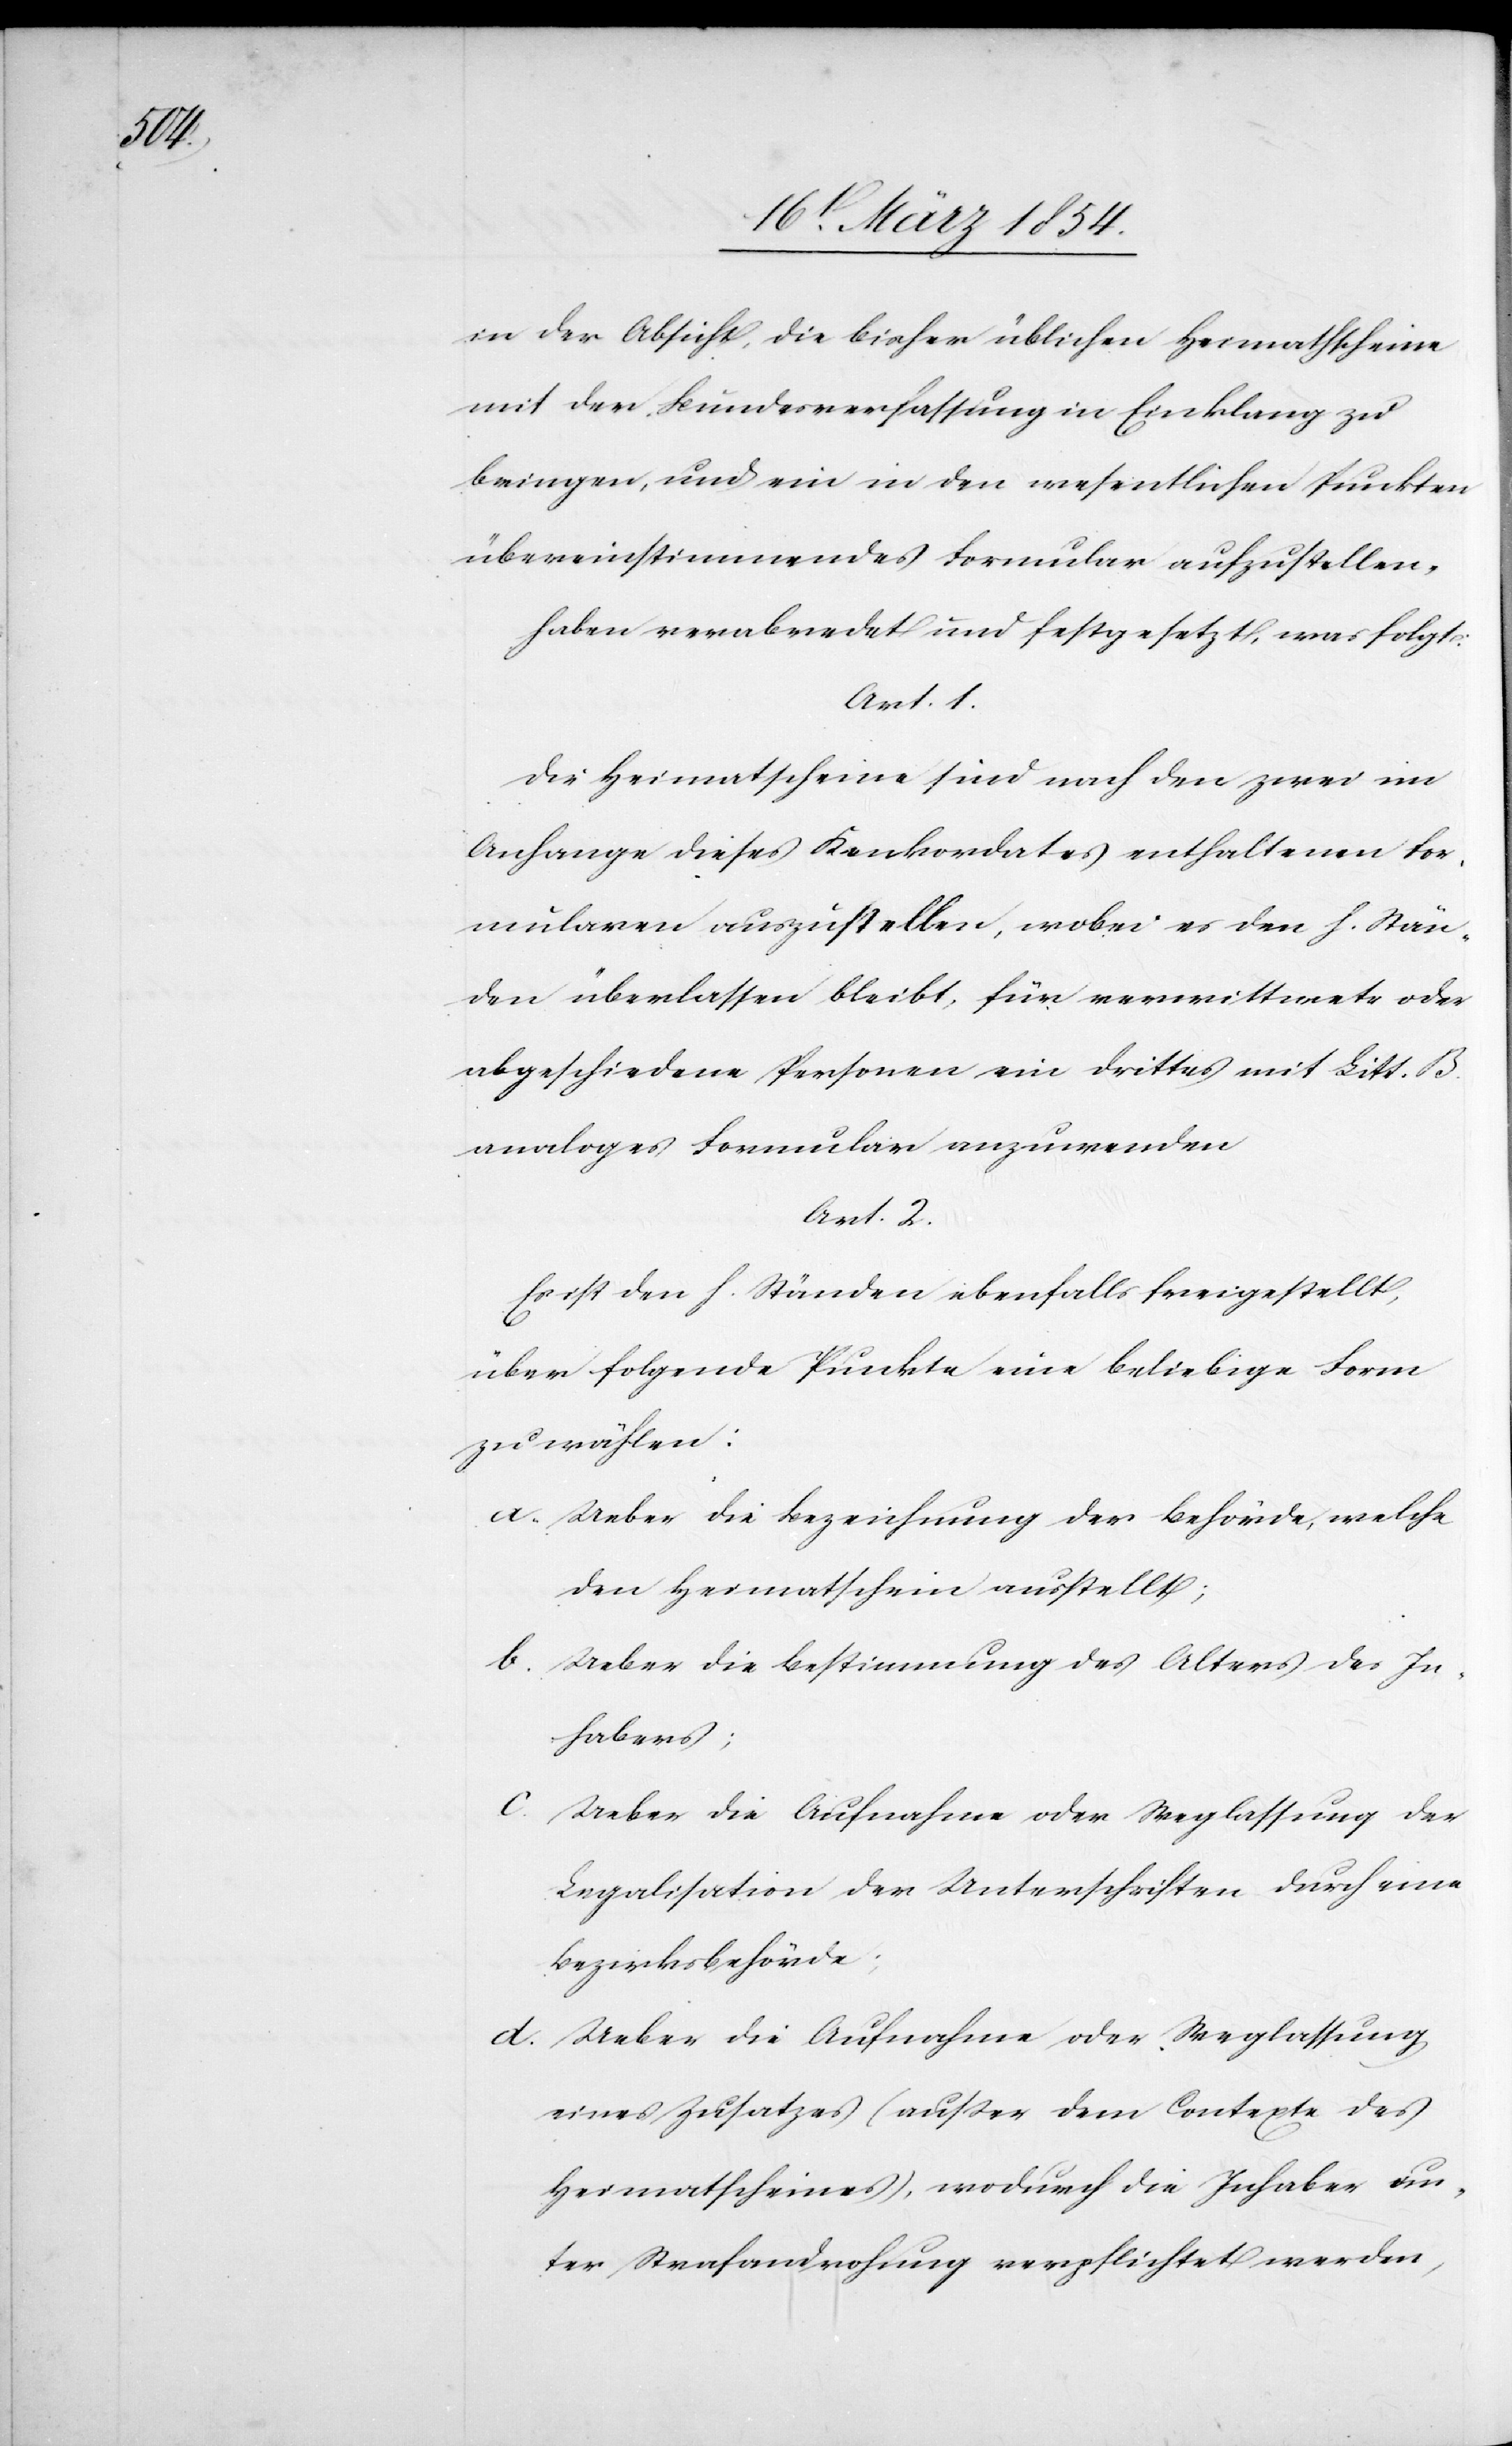
in der Absicht, die bisher üblichen Heimathscheine
mit der Bundesverfassung in Einklang zu
bringen, und ein in den wesentlichen Punkten
übereinstimmendes Formular aufzustellen,
haben verabredet und festgesetzt, was folgt:
Art. 1.
Die Heimatscheine sind nach den zwei im
Anfange dieses Konkordates enthaltenen For¬
mularen auszustellen, wobei es den h. Stän¬
den überlassen bleibt, für verwittwete oder
abgeschiedene Personen ein drittes mit Litt. B.
analoges Formular anzuwenden
Art. 2.
Es ist den h. Ständen ebenfalls freigestellt,
über folgende Punkte eine beliebige Form
zu wählen:
a. Ueber die Bezeichnung der Behörde, welche
den Heimatschein ausstellt;
b. Ueber die Bestimmung des Alters des In¬
habers;
c. Ueber die Aufnahme oder Weglassung der
Legalisation der Unterschriften durch eine
Bezirksbehörde;
d. Ueber die Aufnahme oder Weglassung
eines Zusatzes (außer dem Contexte des
Heimatscheines), wodurch die Inhaber un¬
ter Strafandrohung verpflichtet werden,